Vaccination in Bombay 1856-1862 - 1856-1862
Year: 1856
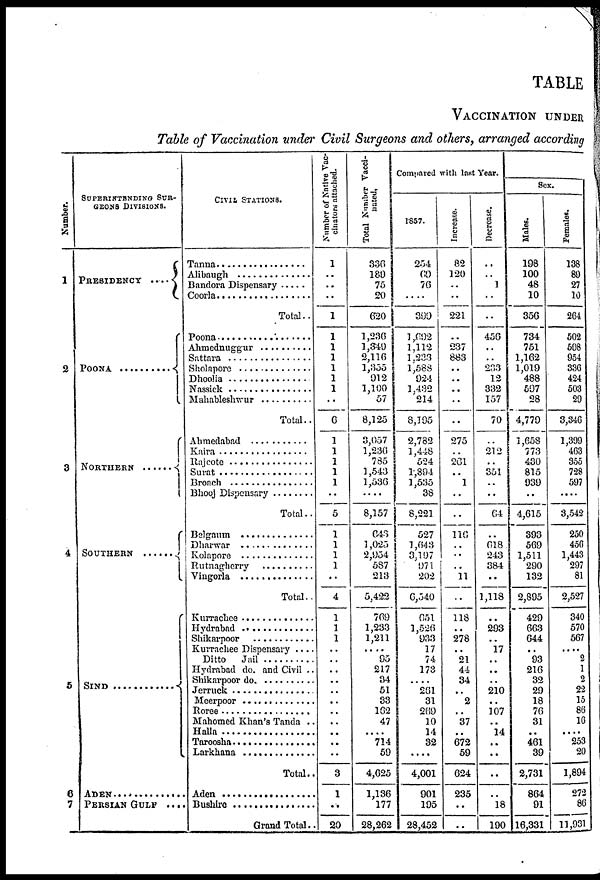
TABLE
VACCINATION UNDER
Table of Vaccination under Civil Surgeons and others, arranged accordin
Number.
1
2
3
4
5
6
7
SUPERINTENDING SUR-
GEONS DIVISIONS.
PRESIDENCY . . . . .
POONA . . . . . . . .
NORTHERN . . . . . .
SOUTHERN . . . . . . . .
SIND . . . . . . . . . . . . . . . .
ADEN . . . . . . . . . . . . . . . . .
PERSIAN GULF
....
CIVIL STATIONS.
Tanna . . . . . . . . . . . . . . . .
Alibaugh . . . . . . . . . . . . .
Bandora Dispensary . . . . .
Coorla . . . . . . . . . . . . . . . .
Total..
Poona . . . . . . . . . . . . . .
Ahmednuggur . . . . . . . .
Sattara . . . . . . . . . . . . . .
Sholapore . . . . . . . . . . . .
Dhoolia . . . . . . . . . . . . .
Nassick . . . . . . . . . . . . . .
Mahableshwur . . . . . . . .
Total..
Ahemedabad . . . . . . . . . . .
Kaira . . . . . . . . . . . . . . . . .
Rajcote . . . . . . . . . . . . . . .
Surat . . . . . . . . . . . . . . . . .
Broach . . . . . . . . . . . . . . .
Bhooj Dispensary . . . . . . . .
Total..
Belgaum . . . . . . . . . . . . . . .
Dharwar . . . . . . . . . . . . . . .
Kolapore . . . . . . . . . . . . . . .
Rutnagherry . . . . . . . . . . . . .
Vingorla . . . . . . . . . . . . . . . .
Total..
Kurrachee . . . . . . . . . . . . .
Hydrabad . . . . . . . . . . . . . .
Shikarpoor . . . . . . . . . . . . . .
Kurrachee Dispensary ....
Ditto Jail . . . . .. . . . . . . . . . .
Hydrabad do. and Civil ..
Shikarpoor do. . . . . . . . . . .
Jerruck . . . . . . . . . . . . . . . .
Meerpoor . . . . . . . . . . . . . .
Roree . . . . . . . . . . . . . . . . .
Mahomed Khan's Tanda ..
Halla . . . . . . . . . . . . . . . . . .
Taroosha . . . . . . . . . . . . . . .
Larkhana . . . . . . . . . . . . . . .
Total..
Aden . . . . . . . . . . . . . . . . . .
Bushire . . . . . . . . . . . . . . .
Grand Total..
Number of Native Vac-
cinators attached.
1
..
..
..
1
1
1
1
1
1
1
..
6
1
1
1
1
1
..
5
1
1
1
1
. .
4
1
1
1
..
..
..
..
..
..
..
..
..
..
..
3
1
. .
20
Total Number Vacci-
nated.
330
189
75
20
620
1,236
1,349
2,116
1,355
912
1,100
57
8,125
3,057
1,236
785
1,543
1,536
....
8,157
643
1,025
2,054
587
213
5,422
769
1,233
1,211
....
95
217
34
51
33
162
47
....
714
59
4,625
1,136
177
28,262
Compared with last Year.
1857
254
69
76
....
399
1,692
1,112
1,233
1,588
924
1,432
214
8,195
2,782
1,448
524
1,894
1,535
38
8,221
527
1,043
3,197
971
202
6,540
651
1,526
033
17
74
173
....
261
31
209
10
14
32
....
4,001
901
195
28,452
Increase.
82
120
..
..
221
..
237
883
..
..
..
..
..
275
..
261
..
1
..
..
110
..
..
..
11
..
118
..
278
..
21
44
34
..
2
..
37
..
672
59
624
235
..
..
Decrease.
..
..
1
..
..
456
..
..
233
12
332
157
70
..
212
.. 351
..
..
64
..
618
243
384
..
1,118
..
293
.. 17
..
..
..
210
..
107
..
14
..
..
..
..
18
190
Sex.
Males.
198
100
48
10
356
734
751
1,162
1,019
488
597
28
4,779
1,658
773
430
815
930
..
4,615
393
569
1,511
290
132
2,895
429
663
644
,.
93
216
32
29
18
76
31
..
461
39
2,731
864
91
16,331
Females.
138
89
27
10
264
502
508
954
336
424
503
29
3,346
1,399
463
355
728
597
....
3,542
250
456
1,443
297
81
2,527
340
570
567
....
2
1
2
22
15
86
16
. . . .
253
20
1,894
272
86
11,931